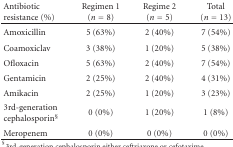
<table><thead><tr><td><b>Antibiotic resistance (%)</b></td><td><b>Regimen 1 (<i>n</i> = 8)</b></td><td><b> Regime 2 (<i>n</i> = 5)</b></td><td><b>Total (<i>n</i> = 13)</b></td></tr></thead><tbody><tr><td>Amoxicillin</td><td>5 (63%)</td><td>2 (40%)</td><td>7 (54%)</td></tr><tr><td>Coamoxiclav</td><td>3 (38%)</td><td>1 (20%)</td><td>5 (38%)</td></tr><tr><td>Ofloxacin</td><td>5 (63%)</td><td>2 (40%)</td><td>7 (54%)</td></tr><tr><td>Gentamicin</td><td>2 (25%)</td><td>2 (40%)</td><td>4 (31%)</td></tr><tr><td>Amikacin</td><td>2 (25%)</td><td>1 (20%)</td><td>3 (23%)</td></tr><tr><td>3rd-generation cephalosporin<sup>§</sup></td><td>0 (0%)</td><td>1 (20%)</td><td>1 (8%)</td></tr><tr><td>Meropenem</td><td>0 (0%)</td><td>0 (0%)</td><td>0 (0%)</td></tr></tbody></table>